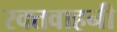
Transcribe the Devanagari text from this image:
रक्तवाहनी